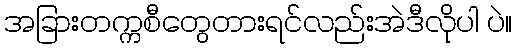
အခြားတက္ကစီတွေတားရင်လည်းအဲဒီလိုပါ ပဲ။